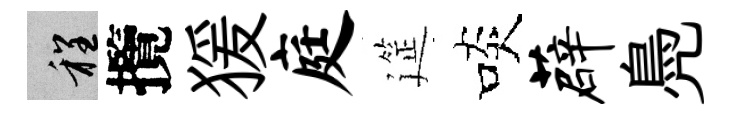
程攬猨庭筵啖薜鳧